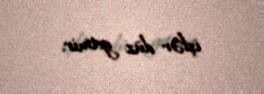
işlər düz getmir.